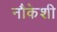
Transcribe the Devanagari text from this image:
नौकेशी